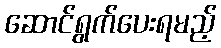
ဆောင်ရွက်ပေးရမည့်